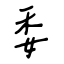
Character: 委